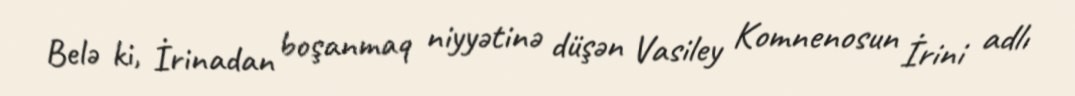
Belə ki, İrinadan boşanmaq niyyətinə düşən Vasiley Komnenosun İrini adlı